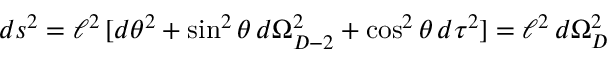
d s ^ { 2 } = \ell ^ { 2 } \, [ d \theta ^ { 2 } + \sin ^ { 2 } \theta \, d \Omega _ { D - 2 } ^ { 2 } + \cos ^ { 2 } \theta \, d \tau ^ { 2 } ] = \ell ^ { 2 } \, d \Omega _ { D } ^ { 2 }